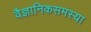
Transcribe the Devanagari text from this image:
वैज्ञानिकसमस्या